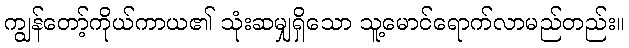
ကျွန်တော့်ကိုယ်ကာယ၏ သုံးဆမျှရှိသော သူ့မောင်ရောက်လာမည်တည်း။